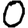
Digit: 0